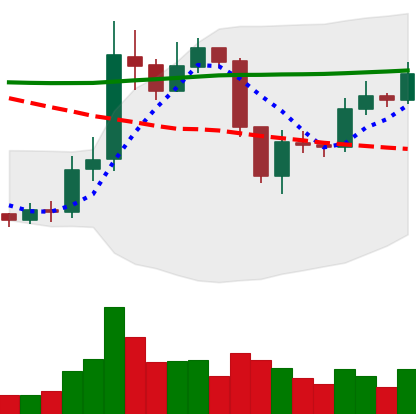
Ticker: ETC-USD
Chart end date: 2019-09-05
Forward return: -7.489%
Label: down_7plus